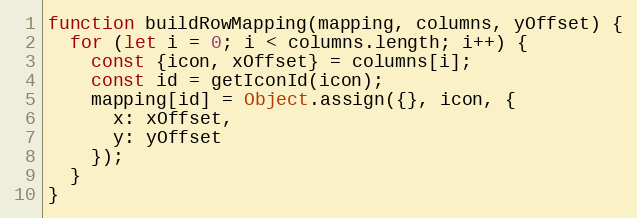
Language: JavaScript
function buildRowMapping(mapping, columns, yOffset) {
  for (let i = 0; i < columns.length; i++) {
    const {icon, xOffset} = columns[i];
    const id = getIconId(icon);
    mapping[id] = Object.assign({}, icon, {
      x: xOffset,
      y: yOffset
    });
  }
}